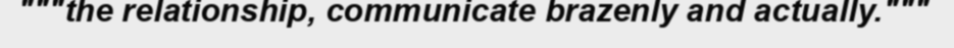
"""the relationship, communicate brazenly and actually."""